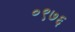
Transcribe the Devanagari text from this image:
०९७६